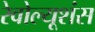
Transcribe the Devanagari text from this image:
रेवोल्यूशंस